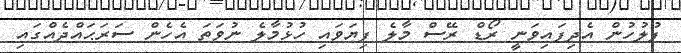
ފުލުހުން އެދިފައިވަނީ ރޯޑް ރޭސް މާލެ ފިޔަވައި ހުޅުމާލެ ނުވަތަ އެހެން ސަރަޙައްދެއްގައި